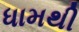
ધામથી